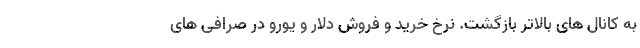
به کانال های بالاتر بازگشت. نرخ خرید و فروش دلار و یورو در صرافی های